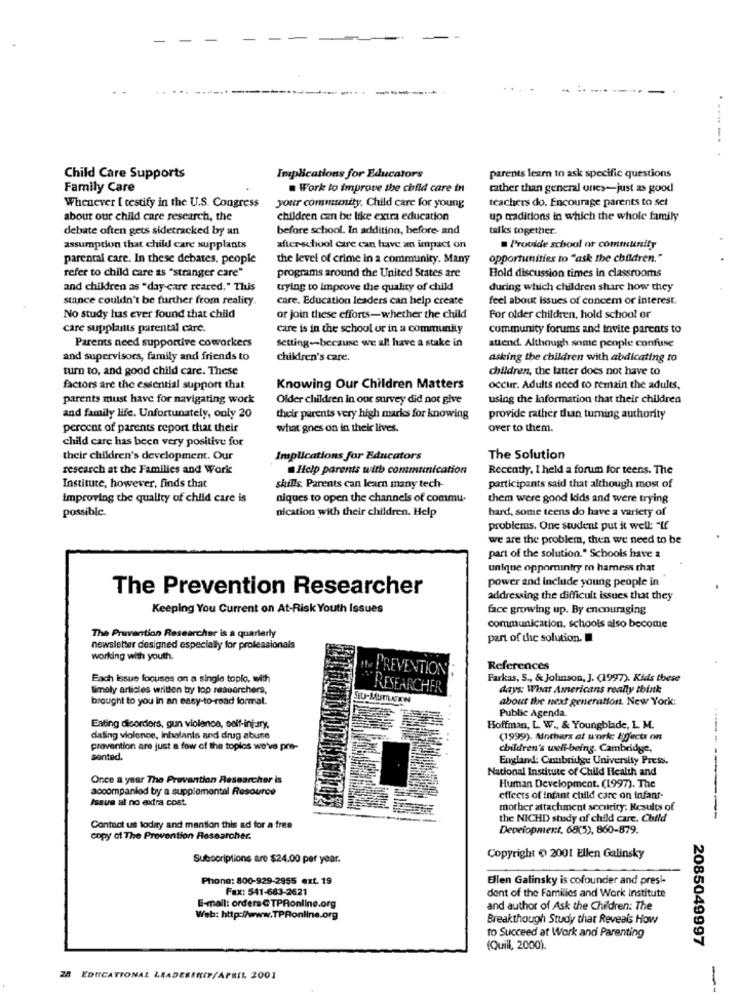
----
.----. .
Child Care Supports
Implications for Educators
parents learn to ask specific questions
Family Care
. Work to improve the child care in
rather than general ones-just as good
teachers do. Encourage parents to set
Whenever I testify in the U.S. Congress
your community. Child care for young
about our child care research, the
children can be like extra education
up traditions in which the whole family
debate often gets sidetracked by an
before school. In addition, before and
talks together.
assumption that child care supplants
afterschool cire can have an impact on
Provide school or community
parental care. In these debates, people
the level of crime in a community. Many
opportunities to "ask the children."
refer to child care as "stranger care"
programs around the United States are
Hold discussion times in classrooms
and children as "day-care reared." This
trying to improve the quality of child
during which children share how they
stance couldn't be further from reality.
care. Education leaders can help create
feel about issues of concem or interest.
No study has ever found that child
or join these efforts-whether the child
For older children, hold school or
care supplatts parental carc.
care is in the school ur in a community
community forums and invite parents to
Parents need supportive coworkers
setting -- because we all have a stake in
attend. Although some people confuse
and supervisors, family and friends to
children's care.
asking the children with abdicating to
turn to, and good child care. These
children, the latter does not have to
factors are the essential support that
Knowing Our Children Matters
occur. Adults need to remain the adults,
parents must have for navigating work
Older children In our survey did not give
using the Information that their children
and family life. Unfortunately, only 20
their parents very high marks for knowing
provide rather than turning authority
percent of parents report that their
what goes on in their lives.
over to them.
child care has been very positive for
their children's development. Our
Implications for Educators
The Solution
research at the Families and Work
Help parents with communication
Recently, I held a forum for teens. The
Institute, however, finds that
skills. Parents can learn many tech-
participants said that although most of
Improving the quality of child care is
niques to open the channels of commu-
them were good kids and were trying
possible.
nication with their children. Help
hard, some teens do have a variety of
problems. One student put it well: "If
we are the problem, then we need to be
part of the solution." Schools have a
unique opportuintry ro harness that
power and Include young people in
The Prevention Researcher
addressing the difficult issues that they
Keeping You Current on At-Risk Youth Issues
face growing up. By encouraging
communication, schools also become
The Prevention Researcher is a quarterly
part of die solution.
newsletter designed especially for professionals
working with youth.
PREVENTION
References
Each issue focuses on a single toplo, with
Farkas, S ., & Johnson, J. (1997). Kids these
timely articles written by top researchers,
RESEARCH
days: What Americans really think
brought to you in an easy-to-read formal.
about the next generation. New York:
Public Agenda.
Eating disorders, gun violence, self-injury,
Hoffman, L. W ., & Youngblade, L. M.
daling violence, inhalants and drug abuse
(1999). Mothers at work: Effects on
provention are just a fow of the toples we've pre-
children's well-being. Cambridge,
sented.
England: Cambridge University Press.
National Institute of Child Health and
Once a year The Prevention Researcher is
accompanied by a supplemental Resource
Human Development. (1997). The
Issus al no extra cost.
effects of infant child care on infant-
mother attachment security. Results of
the NICHD study of child care. Child
-------
Contact us today and mantion this ad for a free
Development. 68(5), 860-879.
copy of The Prevention Researcher.
Subscriptions are $24.00 per year.
Copyright 0 2001 Ellen Galinsky
Phone: 800-929-2955 ext. 19
Ellen Galinsky is cofounder and presi-
Fax: 541-683-2621
dent of the Families and Work Institute
E-mail: orders@TPRonline.org
and author of Ask the Children: The
Web: http://www.TPRonline.org
Breakthough Study that Reveals How
to Succeed at Work and Parenting
(Quill, 2000).
2085049997
28
EDUCATIONAL LEADERSHIP/APRIL 2001
--